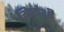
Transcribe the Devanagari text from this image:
मिरांशी